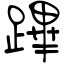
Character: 蹕